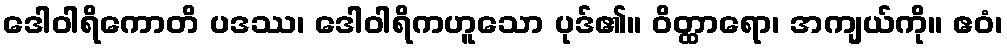
ဒေါဝါရိကောတိ ပဒဿ၊ ဒေါဝါရိကဟူသော ပုဒ်၏။ ဝိတ္ထာရော၊ အကျယ်ကို။ ဧဝံ၊